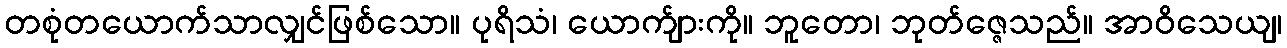
တစုံတယောက်သာလျှင်ဖြစ်သော။ ပုရိသံ၊ ယောက်ျားကို။ ဘူတော၊ ဘုတ်ဇ္ဇေသည်။ အာဝိသေယျ၊